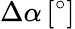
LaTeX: \Delta\alpha\, [^{\circ}]